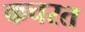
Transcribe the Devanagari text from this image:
कचरत